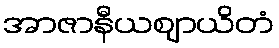
အာဇာနီယဈာယိတံ